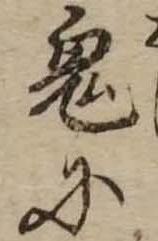
鬼に